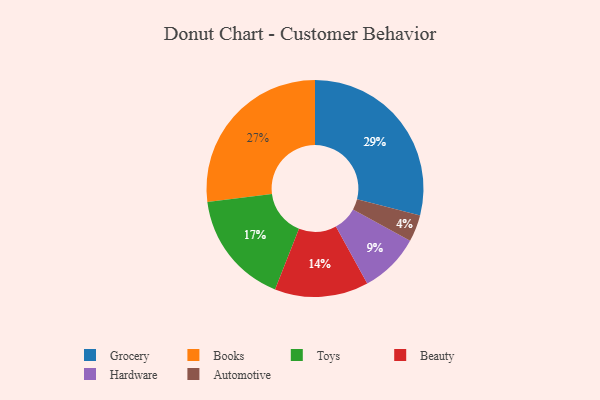
{"axis": {"x": "Category", "y": "Percentage"}, "legend": ["Automotive", "Beauty", "Books", "Grocery", "Hardware", "Toys"], "data": [{"x": "Books", "y": 27, "type": "Books"}, {"x": "Toys", "y": 17, "type": "Toys"}, {"x": "Hardware", "y": 9, "type": "Hardware"}, {"x": "Grocery", "y": 29, "type": "Grocery"}, {"x": "Beauty", "y": 14, "type": "Beauty"}, {"x": "Automotive", "y": 4, "type": "Automotive"}]}